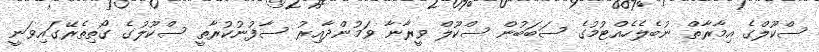
ސްކޫލްގެ އިމާރާތް ނުބެލެހެއްޓުމުގެ ސަބަބުން ސްކޫލް ވީރާނާ ވަމުންދާއިރު ސާފުނުކުރާތީ ސްކޫލުގެ ގޯތިތެރޭގައިވަނީ